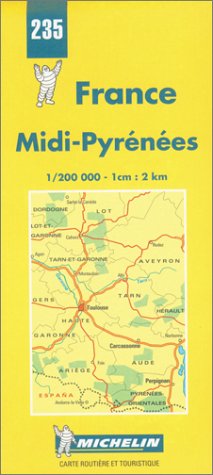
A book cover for Michelin Midi-Pyrenees, France Map No. 235 (Michelin Maps & Atlases); Michelin Travel Publications; Travel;